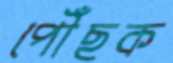
পৌঁছক